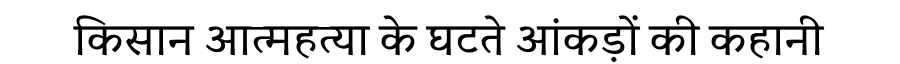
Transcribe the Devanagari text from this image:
किसान आत्महत्या के घटते आंकड़ों की कहानी